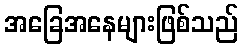
အခြေအနေများဖြစ်သည်